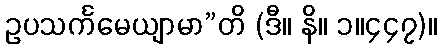
ဥပသင်္ကမေယျာမာ”တိ (ဒီ။ နိ။ ၁။၄၄၇)။